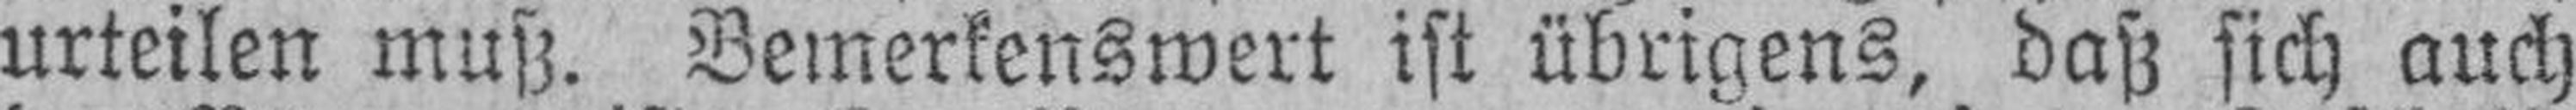
urteilen muß. Bemerkenswert ist übrigens, daß sich auch